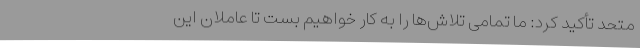
متحد تأکید کرد: ما تمامی تلاش‌ها را به کار خواهیم بست تا عاملان این